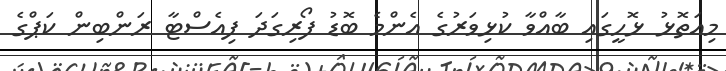
މިއަތޮޅު ޅޮހީގައި ބާއްވާ ކުޅިވަރުގެ އެންމެ ބޮޑު ފޯރިގަދަ ފިއެސްޓާ ރަންބިން ކަޕްގެ